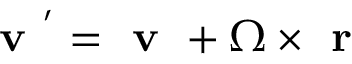
\textbf { v } ^ { ' } = \textbf { v } + \Omega \times \textbf { r }